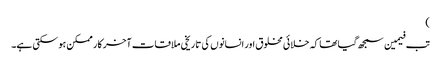
)
تب فیمین سمجھ گیا تھا کہ خلائی مخلوق اور انسانوں کی تاریخی ملاقات آخر کار ممکن ہو سکتی ہے۔